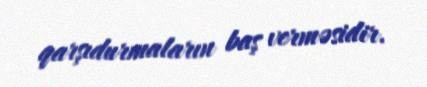
qarşıdurmaların baş verməsidir.